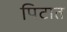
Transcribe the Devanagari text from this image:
पिटात